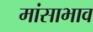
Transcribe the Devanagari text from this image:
मांसाभाव